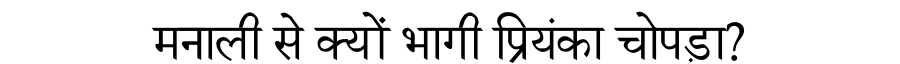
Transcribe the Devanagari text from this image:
मनाली से क्यों भागी प्रियंका चोपड़ा?